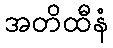
အတိထီနံ